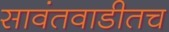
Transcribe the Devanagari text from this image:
सावंतवाडीतच